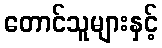
တောင်သူများနှင့်